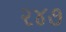
૨૪૭